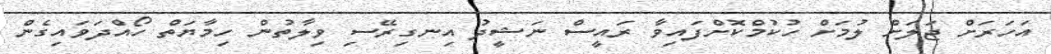
އަހަރަށް ޖަލަށް ލުމަށް ހުކުމްކޮށްފައިވާ ރައީސް ނަޝީދު އިނގިރޭސި ވިލާތުން ހިމާޔަތް ހޯއްދަވައިގެން